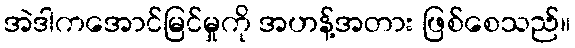
အဲဒါကအောင်မြင်မှုကို အဟန့်အတား ဖြစ်စေသည်။